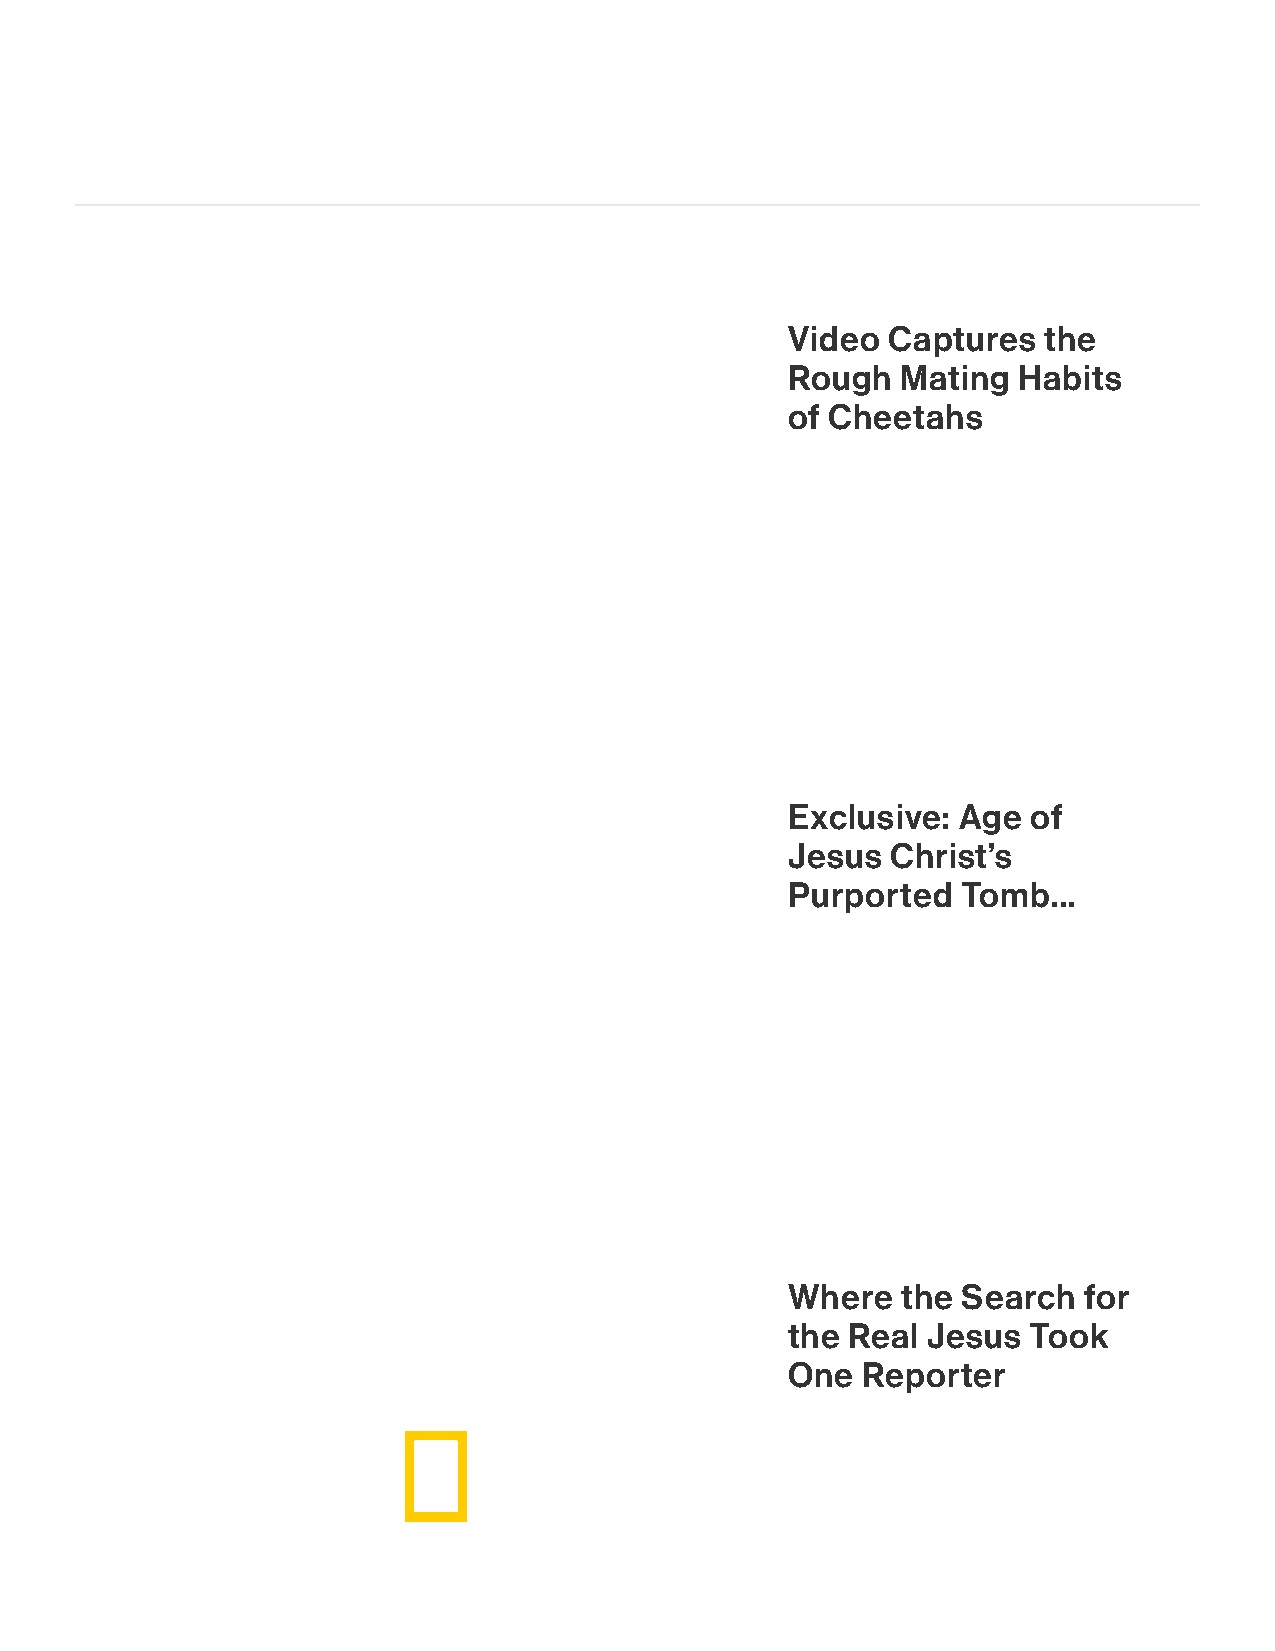
Video  Captures  the
 Rough   Mating Habits
 of Cheetahs
 Exclusive: Age  of
 Jesus  Christ’s
 Purported   Tomb...
 Where   the Search  for
 the Real Jesus  Took
 One  Reporter